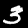
Digit: 3